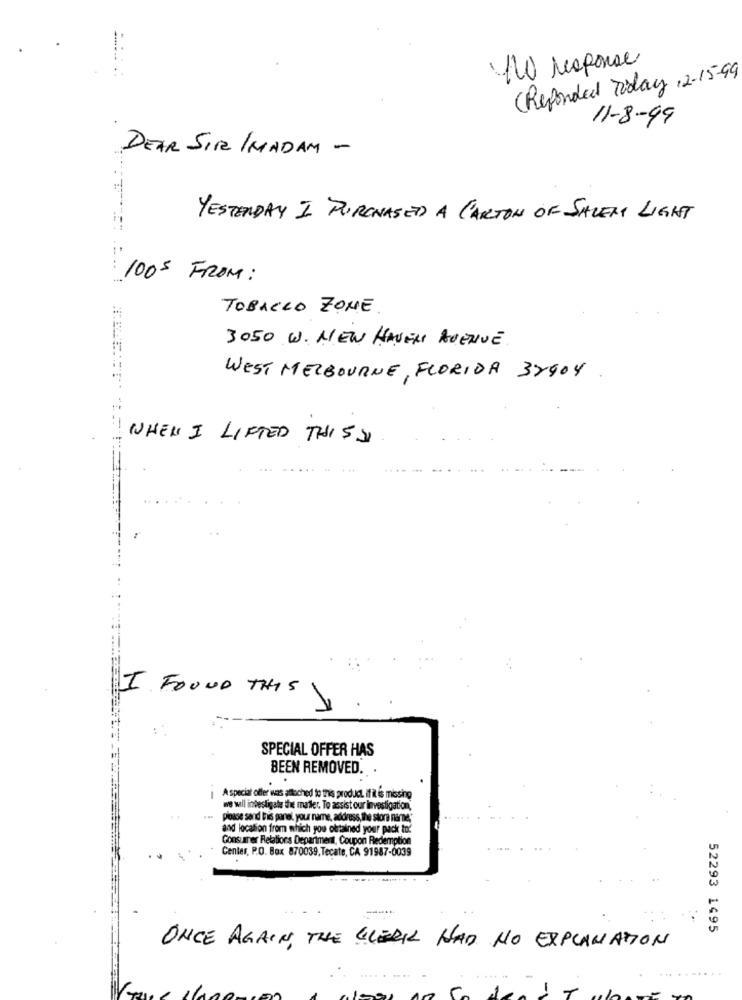
0 response
(Responded Today 1 2-15-99
11-8-99
DEAR SIR /MADAM -
YESTERDAY I PURCHASED A CARTON OF SALEM LIGHT
1005 FROM:
TOBACCO ZONE
3050 W. NEW HAVEN AVENUE
WEST MELBOURNE, FLORIDA 32904
WHEN I LIFTED THIS SI
I FOUND THIS
SPECIAL OFFER HAS
BEEN REMOVED. .
A special offer was attached to this product. if it is missing
we will investigate the mailer. To assist our investigation,
... posse sand tis parel, your name, address, the store name,
and location from which you obtained your pack to?
Consumer Relations Department, Coupon Redemption
Center, P.O. Box 870039. Tecate, CA 91987-0039
52293 1495
ONCE AGAIN, THE GILERI HAD NO EXPLANATION